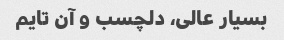
بسیار عالی، دلچسب و آن تایم